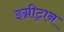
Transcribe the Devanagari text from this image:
इग्नीट्रान